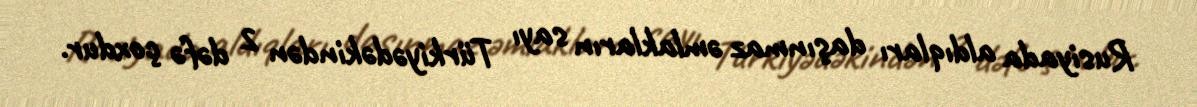
Rusiyada aldıqları daşınmaz əmlakların sayı Türkiyədəkindən 2 dəfə çoxdur.